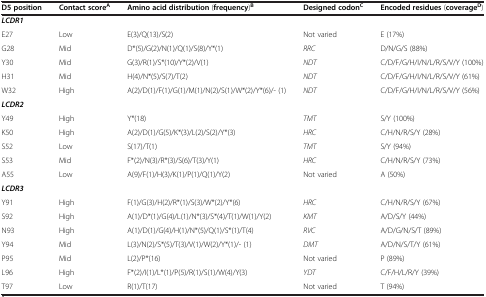
<table><thead><tr><td><b>D5 position</b></td><td><b>Contact score<sup>A</sup></b></td><td><b>Amino acid distribution (frequency)<sup>B</sup></b></td><td><b>Designed codon<sup>C</sup></b></td><td><b>Encoded residues (coverage<sup>D</sup>)</b></td></tr></thead><tbody><tr><td><b><i>LCDR1</i></b></td><td colspan="4"> </td></tr><tr><td>E27</td><td>Low</td><td>E(3)/Q(13)/S(2)</td><td>Not varied</td><td>E (17%)</td></tr><tr><td>G28</td><td>Mid</td><td>D*(5)/G(2)/N(1)/Q(1)/S(8)/Y*(1)</td><td><i>RRC</i></td><td>D/N/G/S (88%)</td></tr><tr><td>Y30</td><td>Mid</td><td>G(3)/R(1)/S*(10)/Y*(2)/V(1)</td><td><i>NDT</i></td><td>C/D/F/G/H/I/N/L/R/S/V/Y (100%)</td></tr><tr><td>H31</td><td>Mid</td><td>H(4)/N*(5)/S(7)/T(2)</td><td><i>NDT</i></td><td>C/D/F/G/H/I/N/L/R/S/V/Y (61%)</td></tr><tr><td>W32</td><td>High</td><td>A(2)/D(1)/F(1)/G(1)/M(1)/N(2)/S(1)/W*(2)/Y*(6)/- (1)</td><td><i>NDT</i></td><td>C/D/F/G/H/I/N/L/R/S/V/Y (56%)</td></tr><tr><td><b><i>LCDR2</i></b></td><td colspan="4"> </td></tr><tr><td>Y49</td><td>High</td><td>Y*(18)</td><td><i>TMT</i></td><td>S/Y (100%)</td></tr><tr><td>K50</td><td>High</td><td>A(2)/D(1)/G(5)/K*(3)/L(2)/S(2)/Y*(3)</td><td><i>HRC</i></td><td>C/H/N/R/S/Y (28%)</td></tr><tr><td>S52</td><td>Low</td><td>S(17)/T(1)</td><td><i>TMT</i></td><td>S/Y (94%)</td></tr><tr><td>S53</td><td>Mid</td><td>F*(2)/N(3)/R*(3)/S(6)/T(3)/Y(1)</td><td><i>HRC</i></td><td>C/H/N/R/S/Y (73%)</td></tr><tr><td>A55</td><td>Low</td><td>A(9)/F(1)/H(3)/K(1)/P(1)/Q(1)/Y(2)</td><td>Not varied</td><td>A (50%)</td></tr><tr><td><b><i>LCDR3</i></b></td><td colspan="4"> </td></tr><tr><td>Y91</td><td>High</td><td>F(1)/G(3)/H(2)/R*(1)/S(3)/W*(2)/Y*(6)</td><td><i>HRC</i></td><td>C/H/N/R/S/Y (67%)</td></tr><tr><td>S92</td><td>High</td><td>A(1)/D*(1)/G(4)/L(1)/N*(3)/S*(4)/T(1)/W(1)/Y(2)</td><td><i>KMT</i></td><td>A/D/S/Y (44%)</td></tr><tr><td>N93</td><td>High</td><td>A(1)/D(1)/G(4)/H(1)/N*(5)/Q(1)/S*(1)/T(4)</td><td><i>RVC</i></td><td>A/D/G/N/S/T (89%)</td></tr><tr><td>Y94</td><td>Mid</td><td>L(3)/N(2)/S*(5)/T(3)/V(1)/W(2)/Y*(1)/- (1)</td><td><i>DMT</i></td><td>A/D/N/S/T/Y (61%)</td></tr><tr><td>P95</td><td>Mid</td><td>L(2)/P*(16)</td><td>Not varied</td><td>P (89%)</td></tr><tr><td>L96</td><td>High</td><td>F*(2)/I(1)/L*(1)/P(5)/R(1)/S(1)/W(4)/Y(3)</td><td><i>YDT</i></td><td>C/F/H/L/R/Y (39%)</td></tr><tr><td>T97</td><td>Low</td><td>R(1)/T(17)</td><td>Not varied</td><td>T (94%)</td></tr></tbody></table>